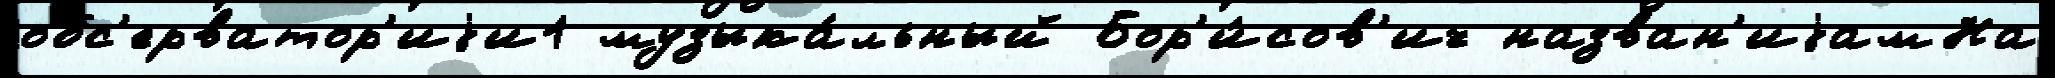
обс'ерватор'иjи1 музыка́льный Бор'и́сов'ич назван'иjамНа